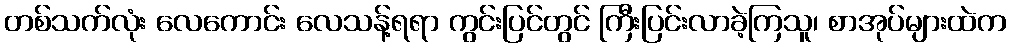
တစ်သက်လုံး လေကောင်း လေသန့်ရရာ ကွင်းပြင်တွင် ကြီးပြင်းလာခဲ့ကြသူ၊ စာအုပ်များထဲက